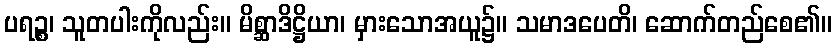
ပရဉ္စ၊ သူတပါးကိုလည်း။ မိစ္ဆာဒိဋ္ဌိယာ၊ မှားသောအယူ၌။ သမာဒပေတိ၊ ဆောက်တည်စေ၏။